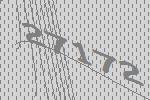
27172